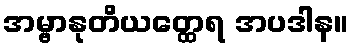
အမ္ဗာနုတိယတ္ထေရ အပဒါန။